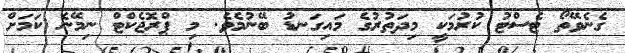
ގެނެވޭތޯ ޓެސްޓު ކުރުމަކީ މިދަތުރުގެ މައިގަނޑު ބޭނުމެވެ. މި ޕްރޮޖެކްޓް ނިމޭނެ ކަމަށް